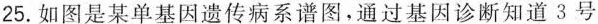
25.如图是某单基因遗传病系谱图，通过基因诊断知道3号